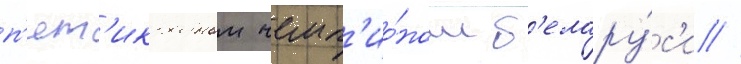
п'ят'икратным чемп'ио́ном б'елару́с'и //